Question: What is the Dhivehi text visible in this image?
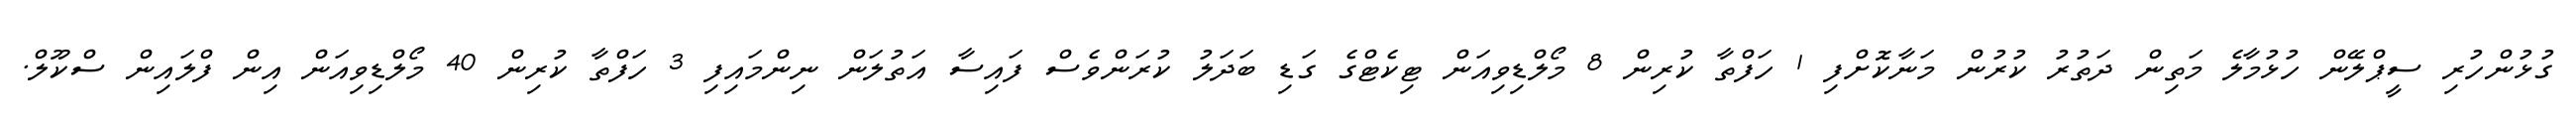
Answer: ގުޅުންހުރި ސީޕްލޭން ހުޅުމާލެ މަތިން ދަތުރު ކުރުން މަނާކޮށްފި 1 ހަފްތާ ކުރިން 8 މޯލްޑިވިއަން ޓިކެޓްގެ ގަޑި ބަދަލު ކުރަންވެސް ފައިސާ އަތުލަން ނިންމައިފި 3 ހަފްތާ ކުރިން 40 މޯލްޑިވިއަން އިން ފްލައިން ސްކޫލް.